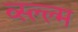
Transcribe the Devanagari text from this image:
व्स्ल्ल्म